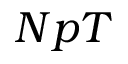
N p T